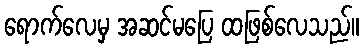
ရောက်လေမှ အဆင်မပြေ ထဖြစ်လေသည်။